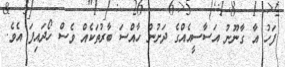
ފަހު އާ ގާނޫނު އަސާސީއެއްގެ ދަށުން ހާއްސަ ބާރުތަކެއް ވެސް ހޯދައިފަ އެވެ.